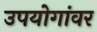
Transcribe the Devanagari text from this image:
उपयोगांवर